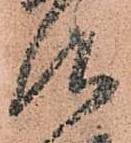
仰